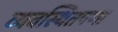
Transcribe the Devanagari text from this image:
व्यवस्थितपणा